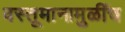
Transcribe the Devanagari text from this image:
वस्तूमानामुळींच